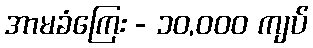
အာမခံကြေး - ၁၀,၀၀၀ ကျပ်